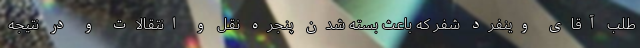
طلب آقای وینفرد شفر که باعث بسته شدن پنجره نقل و انتقالات و در نتیجه